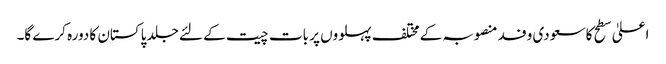
اعلیٰ سطح کا سعودی وفد منصوبہ کے مختلف پہلووں پر بات چیت کے لئے جلد پاکستان کا دورہ کرے گا۔